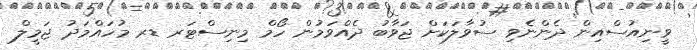
ވީނިއުސްއިން ދެންނެވި ސުވާލަކަށް ޖަވާބު ދެއްވަމުން ހޯމް މިނިސްޓަރ ޑރ މުހައްމަދު ޖަމީލް